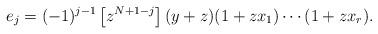
LaTeX: \begin{align*}e_j = (-1)^{j-1}\left[z^{N+1-j}\right](y+z)(1+zx_1)\cdots (1+zx_r).\end{align*}